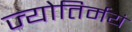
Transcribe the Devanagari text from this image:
ज्योतिर्मयं